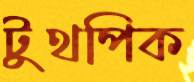
টুথপিক